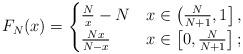
LaTeX: \begin{align*}F_N(x)=\begin{cases}\frac{N}{x}-N & x\in \left(\frac{N}{N+1},1\right],\\\frac{Nx}{N-x} & x\in \left[0,\frac{N}{N+1}\right];\end{cases}\end{align*}